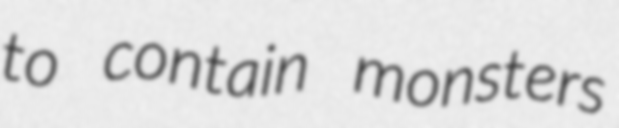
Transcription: to contain monsters